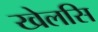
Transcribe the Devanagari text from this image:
खेलसि